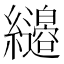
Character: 𦇭